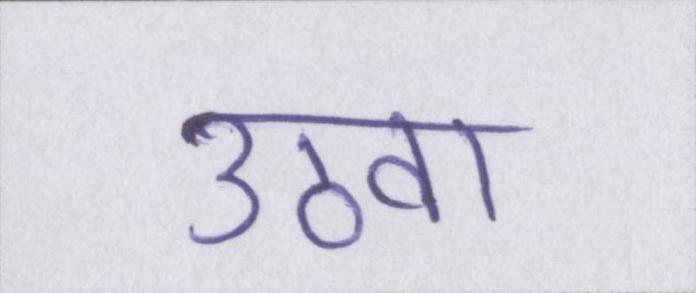
उठवा